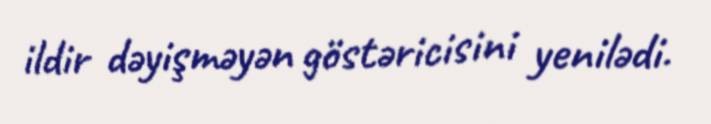
ildir dəyişməyən göstəricisini yenilədi.